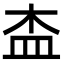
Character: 㭗